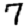
Digit: 7